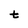
Character: t